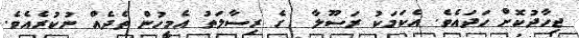
ޖިހާދުކޮށް ހަދައެވެ. އެކަމަކު ރަސޫލާ  ގެ ރިސާލަތު އެމީހުން ތެދެއް ނުކުރެއެވެ.